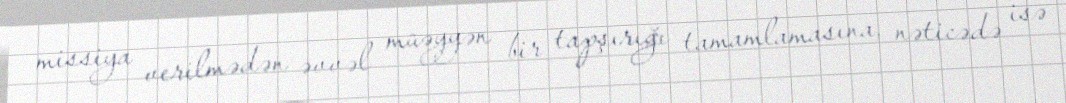
missiya verilmədən əvvəl müəyyən bir tapşırığı tamamlamasına, nəticədə isə